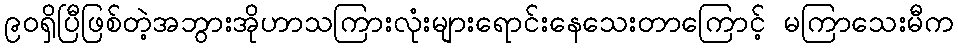
၉၀ရှိပြီဖြစ်တဲ့အဘွားအိုဟာသကြားလုံးများရောင်းနေသေးတာကြောင့် မကြာသေးမီက